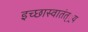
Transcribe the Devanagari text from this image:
इच्छास्वातंत््रय